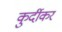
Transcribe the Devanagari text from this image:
कुर्दीकर